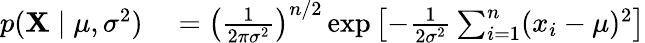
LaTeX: \begin{array}{rl}{p(\mathbf{X}\mid\mu,\sigma^{2})}&{{}=\left({\frac{1}{2\pi\sigma^{2}}}\right)^{n/2}\exp\left[-{\frac{1}{2\sigma^{2}}}\sum_{i=1}^{n}(x_{i}-\mu)^{2}\right]}\end{array}